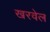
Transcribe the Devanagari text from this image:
खरवेल